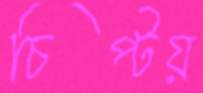
চিপ্‌টয়